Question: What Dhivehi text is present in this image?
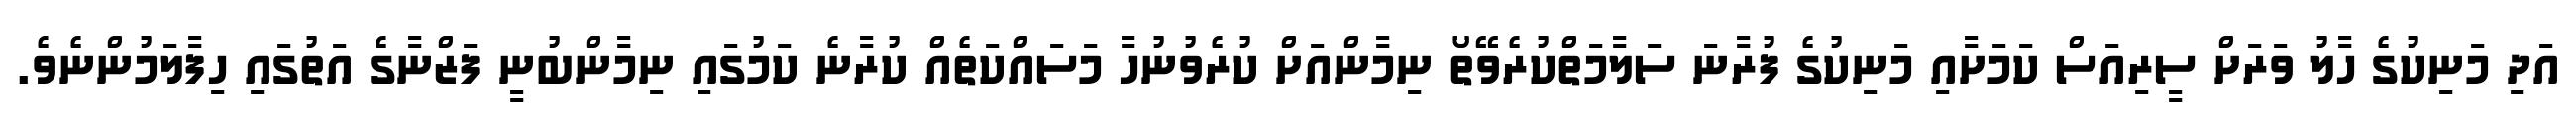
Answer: އަދި މަނިކުގެ ހާލު ވަރަށް ސީރިއަސް ކަމަށާއި މަނިކުގެ ފުރާނަ ސަލާމަތްކުރެވޭތޯ ނިމާންއަށް ކުރެވުނުހާ މަސައްކަތެއް ކުރާނެ ކަމުގައި ނިމާންބުނީ ފަޒްނާގެ އަތުގައި ހިފާލަމުންނެވެ.